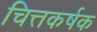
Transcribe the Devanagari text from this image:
चित्तकर्षक